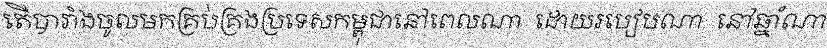
តើបារាំងចូលមកគ្រប់គ្រងប្រទេសកម្ពុជានៅពេលណា  ដោយរបៀបណា  នៅឆ្នាំណា